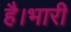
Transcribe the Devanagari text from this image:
है।भारी